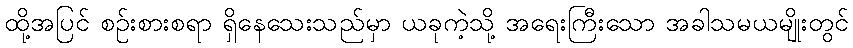
ထို့အပြင် စဉ်းစားစရာ ရှိနေသေးသည်မှာ ယခုကဲ့သို့ အရေးကြီးသော အခါသမယမျိုးတွင်